Vaccination in Burma 1920-1933 - 1920-1933
Year: 1920
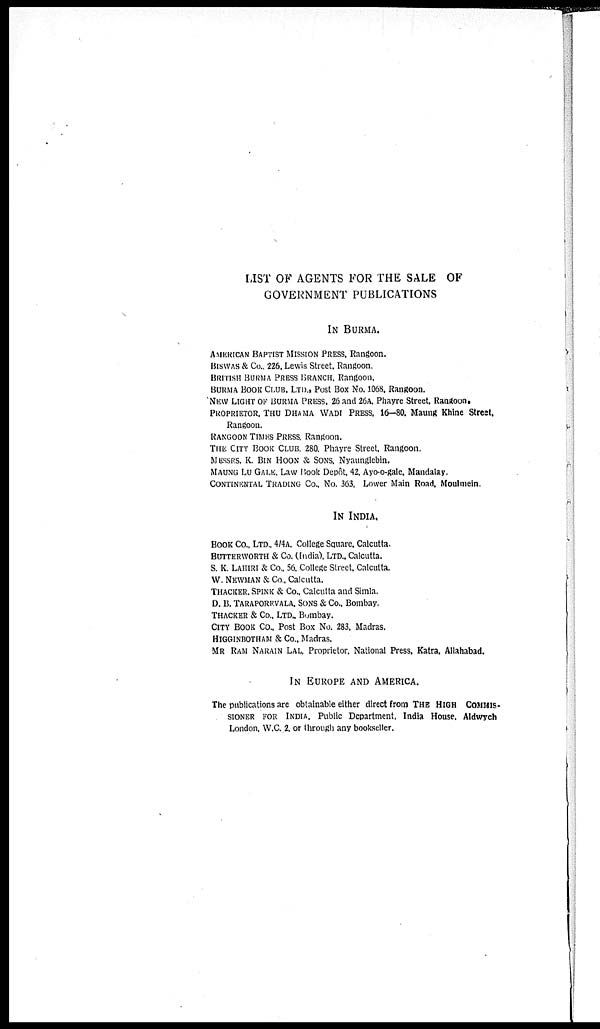
LIST OF AGENTS FOR THE SALE OF
GOVERNMENT PUBLICATIONS
IN BURMA.
AMERICAN BAPTIST MISSION PRESS, Rangoon.
BISWAS & Co., 226, Lewis Street, Rangoon.
BRITISH BURMA PRESS BRANCH, Rangoon.
BURMA BOOK CLUB, LTD., Post Box No. 1068, Rangoon.
NEW LIGHT OF BURMA PRESS, 26 and 26A, Phayre Street, Rangoon.
PROPRIETOR, THU DHAMA WADI PRESS, 16—30. Maung Khine Street,
Rangoon.
RANGOON TIMES PRESS, Rangoon.
THE CITY BOOK CLUB, 280, Phayre Street, Rangoon.
MESSRS. K. BIN HOON & SONS, Nyaunglebin.
MAUNG LU GALE, Law Book Depôt, 42, Ayo-o-gale, Mandalay.
CONTINENTAL TRADING CO., No. 363, Lower Main Road, Moulmein.
IN INDIA.
BOOK CO., LTD., 4/4A, College Square, Calcutta.
BUTTERWORTH & Co. (India), LTD., Calcutta.
S. K. LAHIRI & Co., 56, College Street, Calcutta.
W. NEWMAN & Co., Calcutta.
THACKER, SPINK & Co., Calcutta and Simla.
D. B. TARAPOREVALA, SONS & Co., Bombay.
THACKER & Co., LTD., Bombay.
CITY BOOK Co., Post Box No. 283, Madras.
HIGGINBOTHAM & Co., Madras.
MR RAM NARAIN LAL, Proprietor, National Press, Katra, Allahabad.
IN EUROPE AND AMERICA.
The publications are obtainable either direct from THE HIGH COMMIS-
SIONER FOR INDIA, Public Department, India House. Aldwych
London, W.C. 2. or through any bookseller.